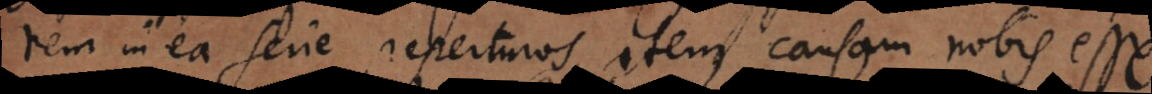
rem in ea serie reperturos, item causam nobis esse